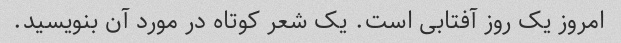
امروز یک روز آفتابی است. یک شعر کوتاه در مورد آن بنویسید.